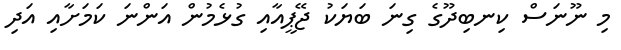
މި ނޫނަސް ކިނބިދޫގެ ގިނަ ބަޔަކު ޖޭޕީއާއި ގުޅެމުން އަންނަ ކަމަށާއި އަދި